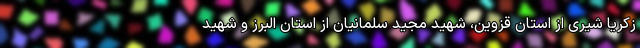
زکریا شیری از استان قزوین، شهید مجید سلمانیان از استان البرز و شهید